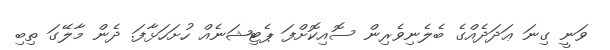
ވަނީ ގިނަ ޢަދަދެއްގެ ބެލެނިވެރިން ސޮއިކޮށްފަ ޕެޓިޝަނެއް ހުށަހަޅާފަ. ދެން މާލޭގަ ތިބި